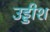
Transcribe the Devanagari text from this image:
उड्डीश